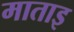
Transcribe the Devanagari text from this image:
माताइ